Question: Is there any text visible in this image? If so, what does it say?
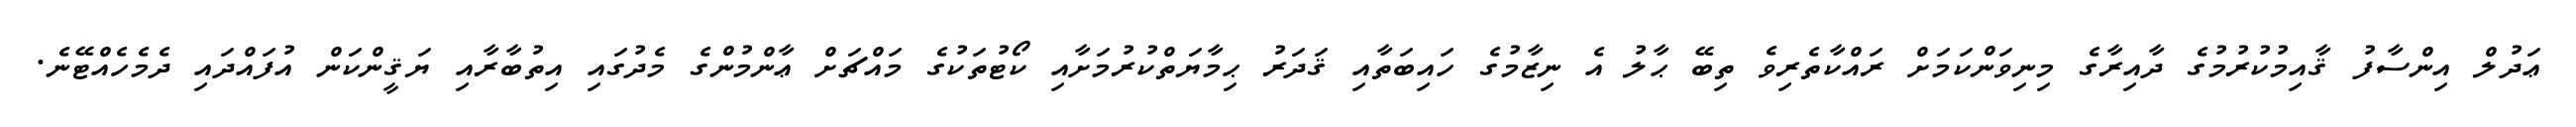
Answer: ޢަދުލް އިންސާފު ޤާއިމުކުރުމުގެ ދާއިރާގެ މިނިވަންކަމަށް ރައްކާތެރިވެ ތިބޭ ޙާލު އެ ނިޒާމުގެ ހައިބަތާއި ޤަދަރު ޙިމާޔަތްކުރުމަށާއި ކޯޓުތަކުގެ މައްޗަށް ޢާންމުންގެ މެދުގައި އިތުބާރާއި ޔަޤީންކަން އުފައްދައި ދެމެހެއްޓޭނެ.